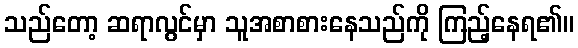
သည်တော့ ဆရာလွင်မှာ သူအစာစားနေသည်ကို ကြည့်နေရ၏။